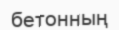
бетонның